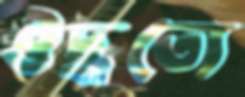
ঔদ্ধত্যে